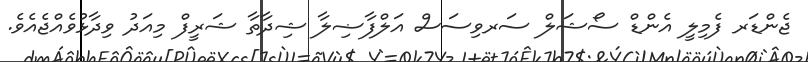
ޖެންޑަރ ފެމިލީ އެންޑް ސޯޝަލް ސަރވިސަސް އަލްފާޟިލާ ޝިދާތާ ޝަރީފް މިއަދު ވިދާޅުވެއްޖެއެވެ.